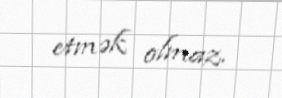
etmək olmaz.